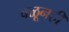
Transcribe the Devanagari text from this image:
वळूनही